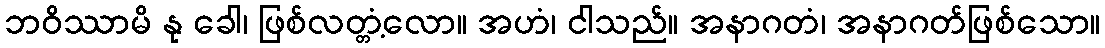
ဘဝိဿာမိ နု ခေါ၊ ဖြစ်လတ္တံ့လော။ အဟံ၊ ငါသည်။ အနာဂတံ၊ အနာဂတ်ဖြစ်သော။